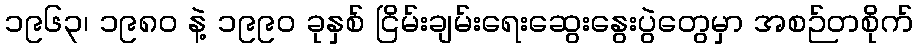
၁၉၆၃၊ ၁၉၈၀ နဲ့ ၁၉၉၀ ခုနှစ် ငြိမ်းချမ်းရေးဆွေးနွေးပွဲတွေမှာ အစဉ်တစိုက်